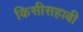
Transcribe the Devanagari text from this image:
किसीसहाबी